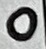
Text: 0